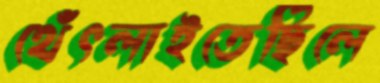
থেঁৎলাইতেছিলে